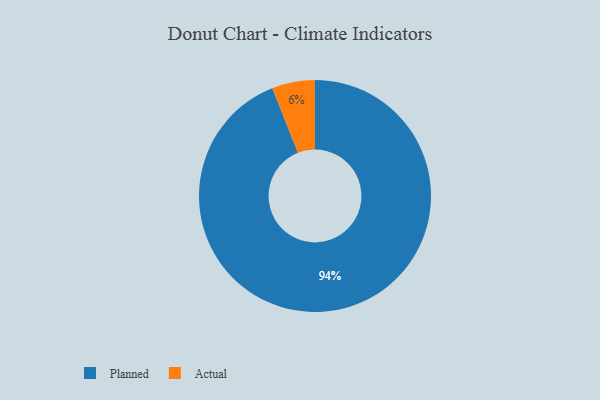
{"axis": {"x": "Category", "y": "Percentage"}, "legend": ["Actual", "Planned"], "data": [{"x": "Actual", "y": 6, "type": "Actual"}, {"x": "Planned", "y": 94, "type": "Planned"}]}